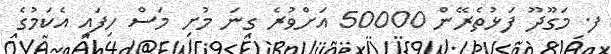
ފ. މަގޫދޫ ފަޅުތެރޭން 50000 އަށްވުރެ ގިނަ މުށި މަސް ހިފައި އެކަމުގެ